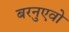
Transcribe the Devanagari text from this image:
बरनुएवो